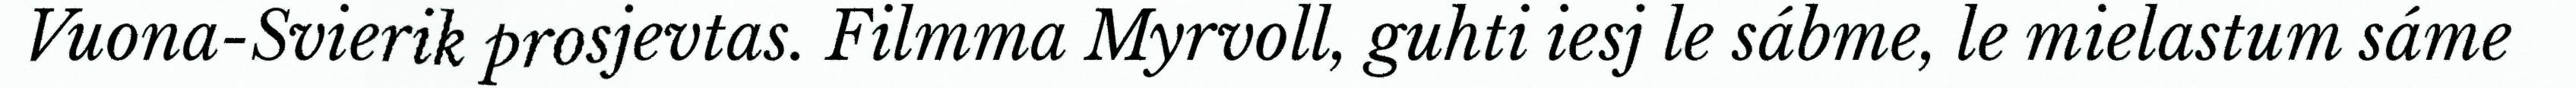
Vuona-Svierik prosjevtas. Filmma Myrvoll, guhti iesj le sábme, le mielastum sáme